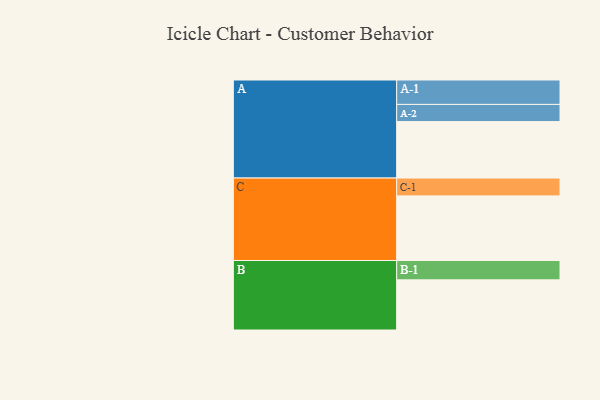
{"axis": {"x": "Segment", "y": "Value"}, "legend": ["", "A", "B", "C"], "data": [{"x": "A", "y": 437, "type": ""}, {"x": "B", "y": 388, "type": ""}, {"x": "C", "y": 500, "type": ""}, {"x": "A-1", "y": 189, "type": "A"}, {"x": "A-2", "y": 133, "type": "A"}, {"x": "B-1", "y": 150, "type": "B"}, {"x": "C-1", "y": 138, "type": "C"}]}